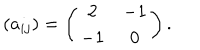
LaTeX: ( a _ { i j } ) = \left( \begin{matrix} { { 2 } } & { { - 1 } } \\ { { - 1 } } & { { 0 } } \\ \end{matrix} \right) .